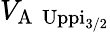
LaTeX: V_{\mathrm{A\, \ Uppi_{3/2}}}